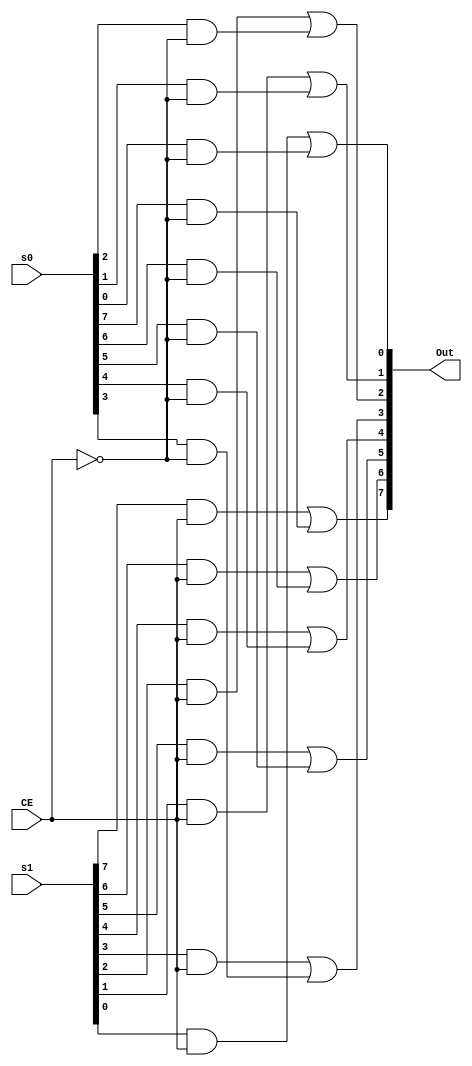
// Copyright (C) 2020  Intel Corporation. All rights reserved.
// Your use of Intel Corporation's design tools, logic functions 
// and other software and tools, and any partner logic 
// functions, and any output files from any of the foregoing 
// (including device programming or simulation files), and any 
// associated documentation or information are expressly subject 
// to the terms and conditions of the Intel Program License 
// Subscription Agreement, the Intel Quartus Prime License Agreement,
// the Intel FPGA IP License Agreement, or other applicable license
// agreement, including, without limitation, that your use is for
// the sole purpose of programming logic devices manufactured by
// Intel and sold by Intel or its authorized distributors.  Please
// refer to the applicable agreement for further details, at
// https://fpgasoftware.intel.com/eula.

// PROGRAM		"Quartus Prime"
// VERSION		"Version 20.1.1 Build 720 11/11/2020 SJ Lite Edition"
// CREATED		"Wed Dec 22 12:37:46 2021"

module mux_8bit_2x1(
	CE,
	s0,
	s1,
	Out
);


input wire	CE;
input wire	[7:0] s0;
input wire	[7:0] s1;
output wire	[7:0] Out;

wire	[7:0] l_Out;
wire	[7:0] l_s0;
wire	[7:0] l_s1;
wire	SYNTHESIZED_WIRE_0;
wire	SYNTHESIZED_WIRE_1;
wire	SYNTHESIZED_WIRE_2;
wire	SYNTHESIZED_WIRE_3;
wire	SYNTHESIZED_WIRE_24;
wire	SYNTHESIZED_WIRE_5;
wire	SYNTHESIZED_WIRE_6;
wire	SYNTHESIZED_WIRE_7;
wire	SYNTHESIZED_WIRE_8;
wire	SYNTHESIZED_WIRE_9;
wire	SYNTHESIZED_WIRE_10;
wire	SYNTHESIZED_WIRE_11;
wire	SYNTHESIZED_WIRE_12;
wire	SYNTHESIZED_WIRE_13;
wire	SYNTHESIZED_WIRE_14;
wire	SYNTHESIZED_WIRE_15;
wire	SYNTHESIZED_WIRE_16;




assign	SYNTHESIZED_WIRE_24 =  ~CE;

assign	l_Out[7] = SYNTHESIZED_WIRE_0 | SYNTHESIZED_WIRE_1;

assign	SYNTHESIZED_WIRE_0 = l_s1[7] & CE;

assign	SYNTHESIZED_WIRE_2 = l_s1[6] & CE;

assign	SYNTHESIZED_WIRE_5 = l_s1[5] & CE;

assign	SYNTHESIZED_WIRE_7 = l_s1[4] & CE;

assign	SYNTHESIZED_WIRE_9 = l_s1[3] & CE;

assign	SYNTHESIZED_WIRE_11 = l_s1[2] & CE;

assign	SYNTHESIZED_WIRE_13 = l_s1[1] & CE;

assign	SYNTHESIZED_WIRE_15 = l_s1[0] & CE;

assign	l_Out[6] = SYNTHESIZED_WIRE_2 | SYNTHESIZED_WIRE_3;

assign	SYNTHESIZED_WIRE_1 = l_s0[7] & SYNTHESIZED_WIRE_24;

assign	l_Out[5] = SYNTHESIZED_WIRE_5 | SYNTHESIZED_WIRE_6;

assign	l_Out[4] = SYNTHESIZED_WIRE_7 | SYNTHESIZED_WIRE_8;

assign	l_Out[3] = SYNTHESIZED_WIRE_9 | SYNTHESIZED_WIRE_10;

assign	l_Out[2] = SYNTHESIZED_WIRE_11 | SYNTHESIZED_WIRE_12;

assign	l_Out[1] = SYNTHESIZED_WIRE_13 | SYNTHESIZED_WIRE_14;

assign	l_Out[0] = SYNTHESIZED_WIRE_15 | SYNTHESIZED_WIRE_16;

assign	SYNTHESIZED_WIRE_3 = l_s0[6] & SYNTHESIZED_WIRE_24;

assign	SYNTHESIZED_WIRE_6 = l_s0[5] & SYNTHESIZED_WIRE_24;

assign	SYNTHESIZED_WIRE_8 = l_s0[4] & SYNTHESIZED_WIRE_24;

assign	SYNTHESIZED_WIRE_10 = l_s0[3] & SYNTHESIZED_WIRE_24;

assign	SYNTHESIZED_WIRE_12 = l_s0[2] & SYNTHESIZED_WIRE_24;

assign	SYNTHESIZED_WIRE_14 = l_s0[1] & SYNTHESIZED_WIRE_24;

assign	SYNTHESIZED_WIRE_16 = l_s0[0] & SYNTHESIZED_WIRE_24;

assign	Out = l_Out;
assign	l_s1 = s1;
assign	l_s0 = s0;

endmodule